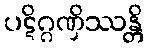
ပဋိဂ္ဂဏှိဿန္တိ